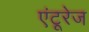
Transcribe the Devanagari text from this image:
एंटूरेज